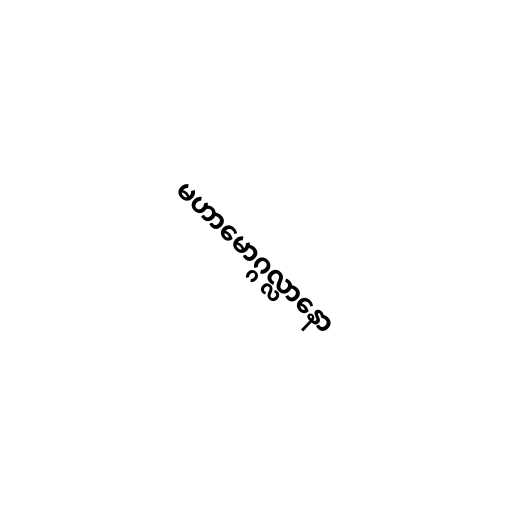
မဟာမောဂ္ဂလ္လာနော